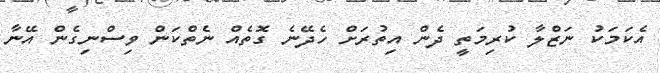
އެކަމަކު ނަޒްލާ ކުރިމަތީ ދެން އިތުރަށް ހެދޭނެ ގޮތެއް ނެތްކަން ވިސްނިގެން އޭނާ